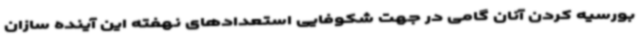
بورسیه کردن آنان گامی در جهت شکوفایی استعدادهای نهفته این آینده سازان